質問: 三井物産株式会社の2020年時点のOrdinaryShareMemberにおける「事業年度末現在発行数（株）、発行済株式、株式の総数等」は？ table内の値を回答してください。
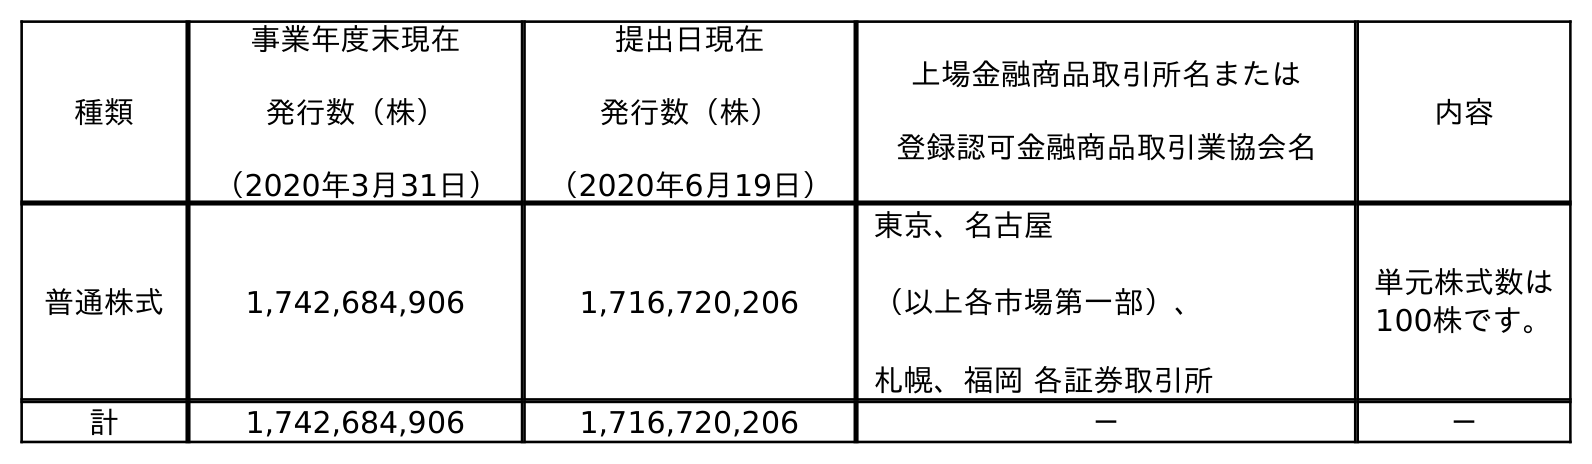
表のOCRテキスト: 種類 事業年度末現在 発行数（株） （2020年3月31日） 提出日現在 発行数（株） （2020年6月19日） 上場金融商品取引所名または 登録認可金融商品取引業協会名 内容 普通株式 1,742,684,906 1,716,720,206 東京、名古屋 （以上各市場第一部）、 札幌、福岡 各証券取引所 単元株式数は 100株です。 計 1,742,684,906 1,716,720,206 － －
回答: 1,742,684,906